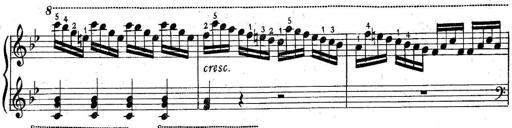
Title: 6 Easy Sonatinas
Composer: Carl Czerny